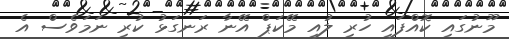
މޫނުގައި ކޮއްފައި ހުރި ލުއި މޭކަޕް އޭނާ ރަނގަޅު ކުރި ނަމަވެސް އެ